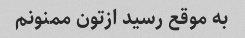
به موقع رسید ازتون ممنونم